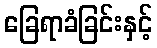
ခြေရာခံခြင်းနှင့်